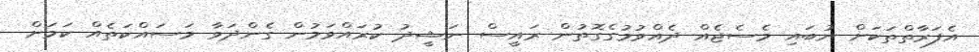
އެފަރާތްތަކަށް ނުބައި މެސެޖެއް ދެއްވުމުގެގޮތުން ރައީސް ނަޝީދު ކުރައްވަމުން ގެންދަވާ މަސައްކަތެއް ކަމަށް